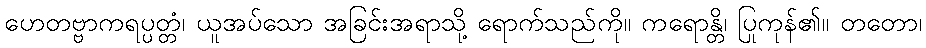
ဟေတဗ္ဗာကရပ္ပတ္တံ၊ ယူအပ်သော အခြင်းအရာသို့ ရောက်သည်ကို။ ကရောန္တိ၊ ပြုကုန်၏။ တတော၊